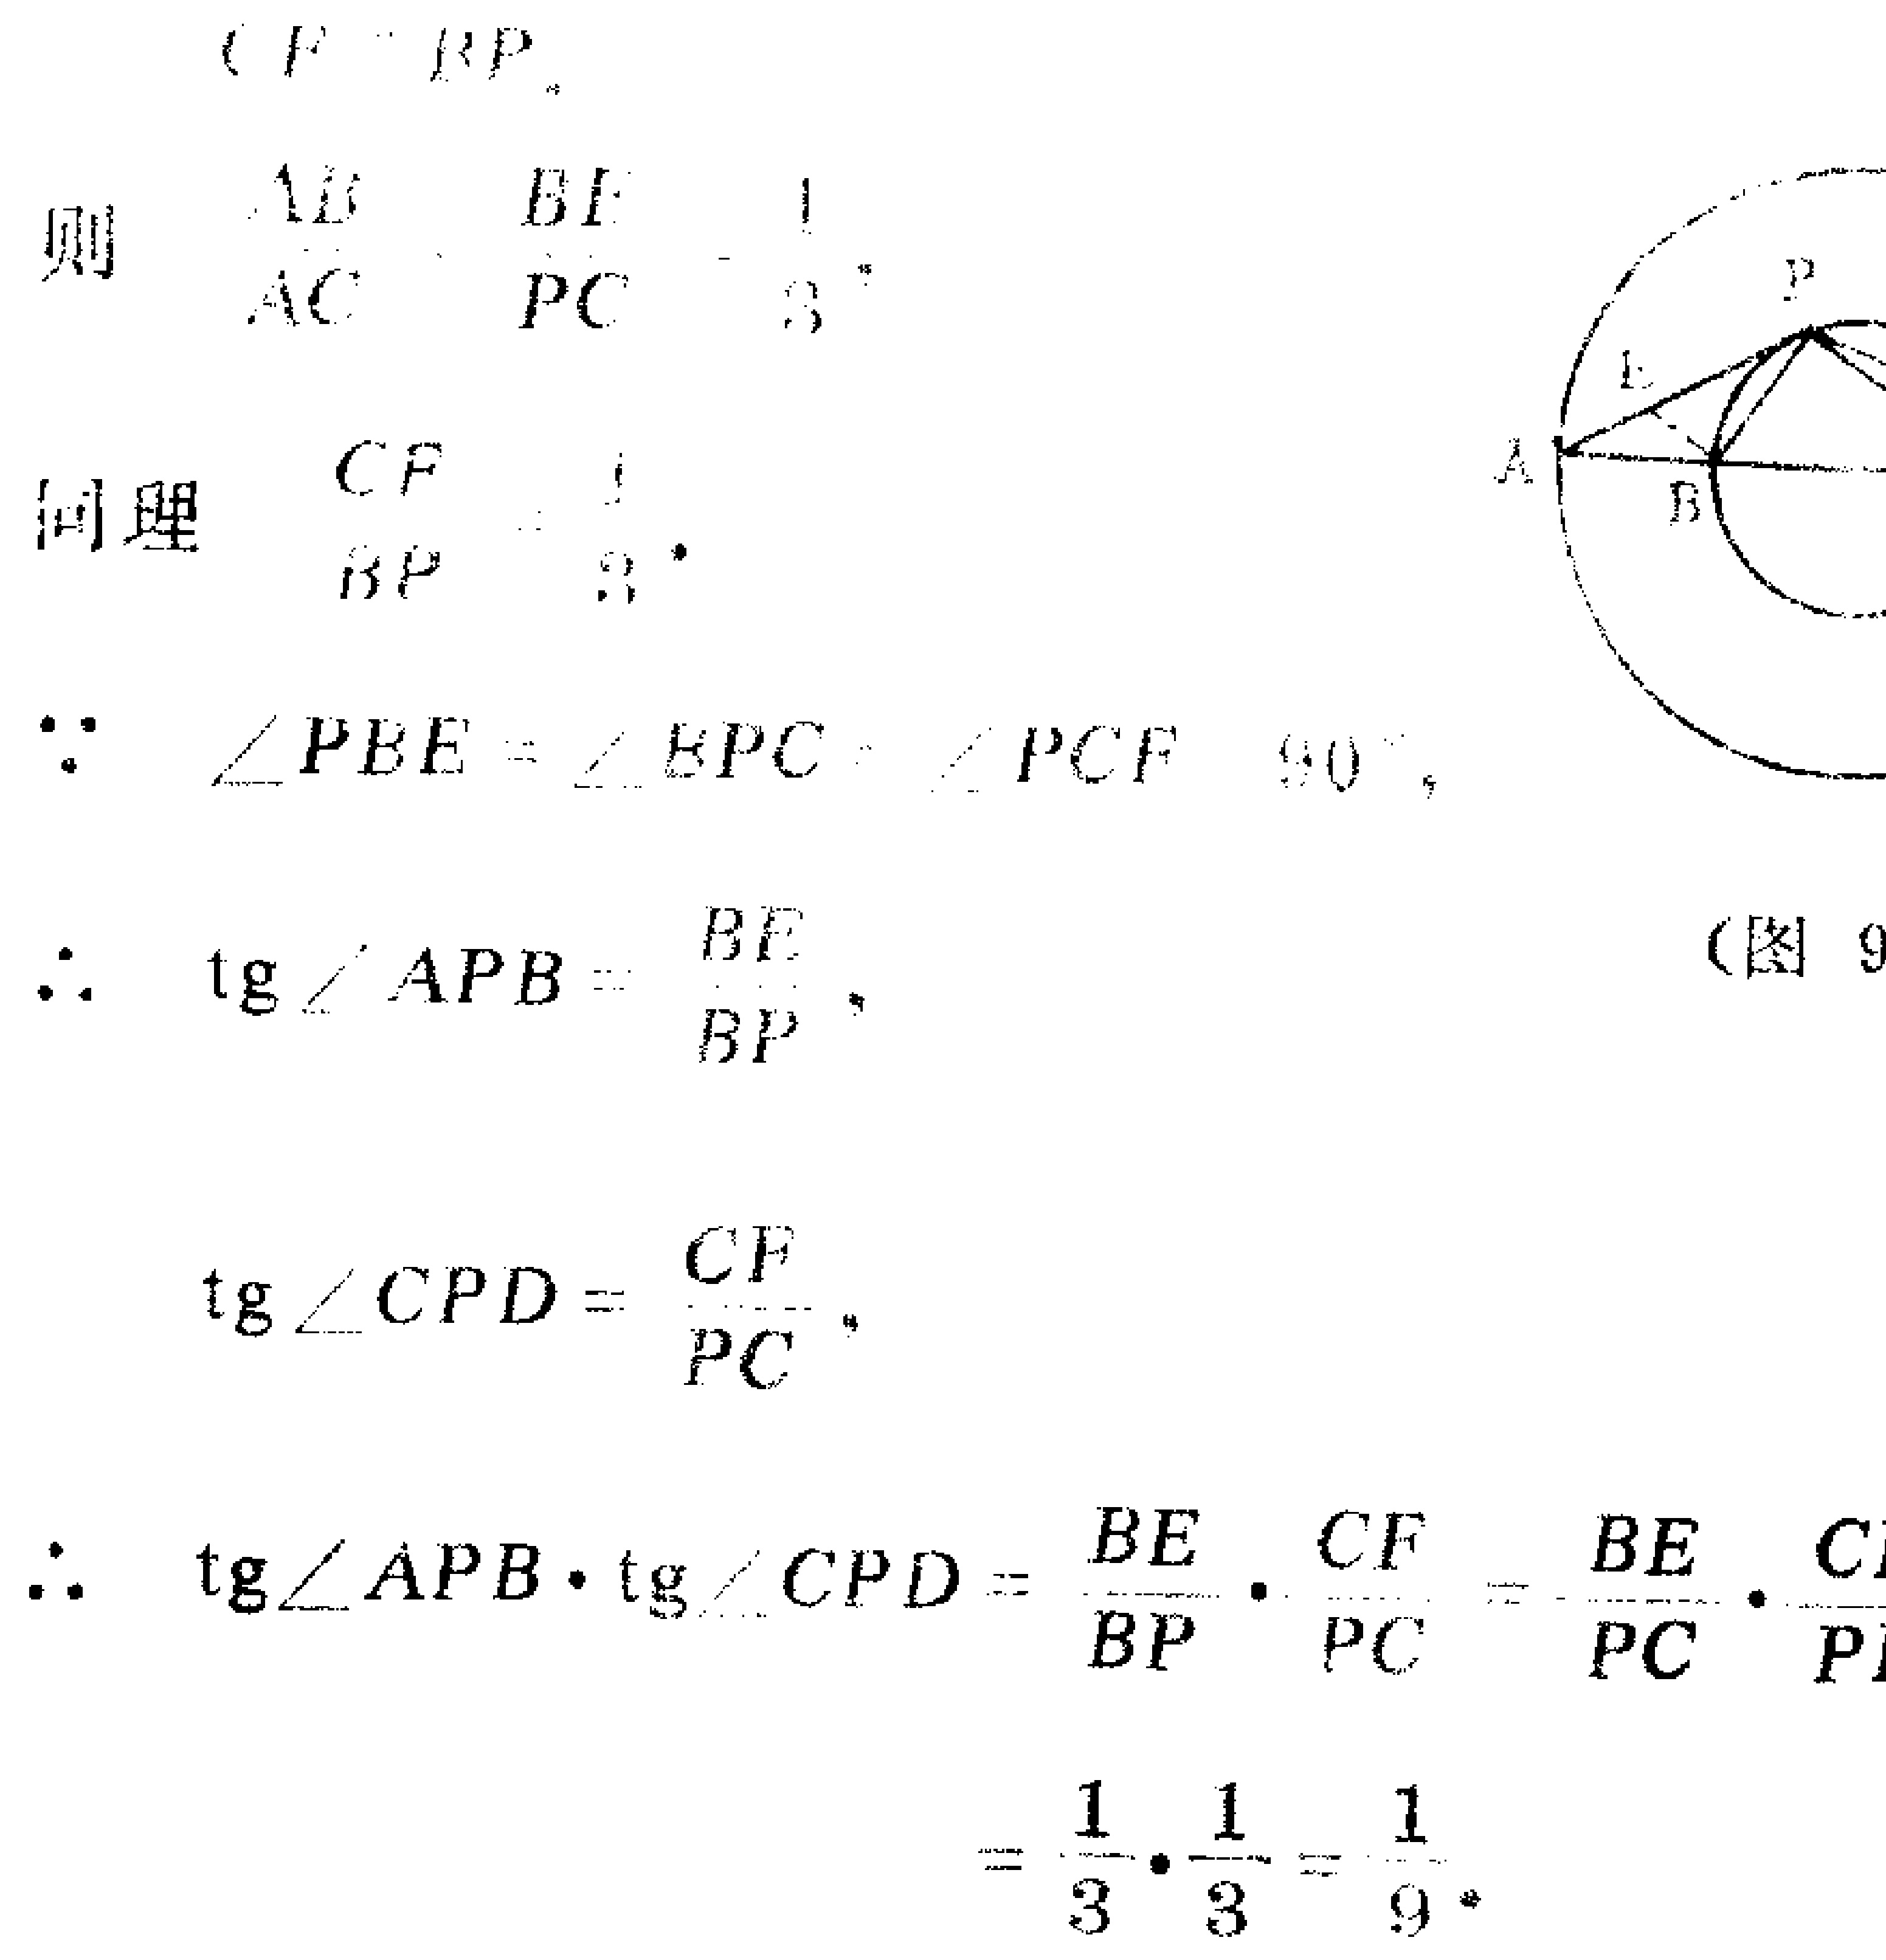
\[

\begin{align*}

&\text{则 }\frac{AB}{AC}=\frac{BE}{PC}=\frac{1}{3},\\

&\text{同理 }\frac{CF}{BP}=\frac{1}{3},\\

&\because\angle PBE = \angle BPC=\angle PCF = 90^{\circ},\\

&\therefore\tan\angle APB=\frac{BE}{BP},\\

&\tan\angle CPD=\frac{CF}{PC},\\

&\therefore\tan\angle APB\cdot\tan\angle CPD=\frac{BE}{BP}\cdot\frac{CF}{PC}=\frac{BE}{PC}\cdot\frac{CF}{BP}\\

&=\frac{1}{3}\cdot\frac{1}{3}=\frac{1}{9}.

\end{align*}

\]